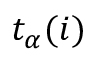
t _ { \alpha } ( i )